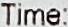
TIME: